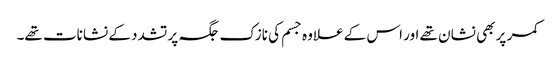
کمر پر بھی نشان تھے اور اس کے علاوہ جسم کی نازک جگہ پر تشدد کے نشانات تھے۔